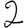
Digit: 2